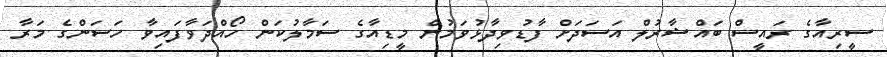
ސީރިއާގެ ރައީސް ބައްޝާރުލް އަސަދަށް ފާޑުވިދާޅުވަމުން މީޑިއާގެ ސަމާލުކަން ހޯއްދަވާފައިވާ ހަސަންގެ މަރާ